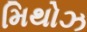
મિથોઝ